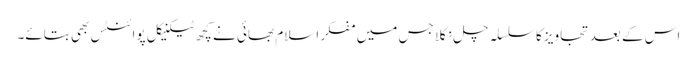
اس کے بعد تجاویز کا سلسلہ چل نکلا جس میں مفکر اسلام بھائی نے کچھ ٹیکنیکل پوائنٹس بھی بتائے۔